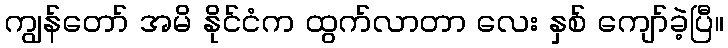
ကျွန်တော် အမိ နိုင်ငံက ထွက်လာတာ လေး နှစ် ကျော်ခဲ့ပြီ။